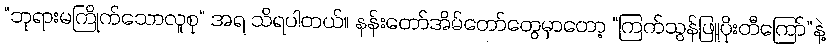
“ဘုရားမကြိုက်သောလူစု” အရ သိရပါတယ်။ နန်းတော်အိမ်တော်တွေမှာတော့ “ကြက်သွန်ဖြူပိုးတီကြော်”နဲ့